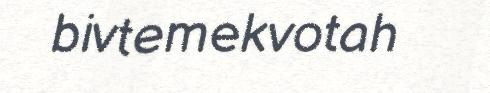
bivtemekvotah